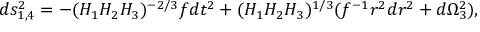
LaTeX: d s _ { 1 , 4 } ^ { 2 } = - ( H _ { 1 } H _ { 2 } H _ { 3 } ) ^ { - 2 / 3 } f d t ^ { 2 } + ( H _ { 1 } H _ { 2 } H _ { 3 } ) ^ { 1 / 3 } ( f ^ { - 1 } r ^ { 2 } d r ^ { 2 } + d \Omega _ { 3 } ^ { 2 } ) ,